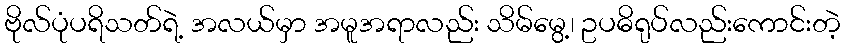
ဗိုလ်ပုံပရိသတ်ရဲ့ အလယ်မှာ အမူအရာလည်း သိမ်မွေ့၊ ဥပဓိရုပ်လည်းကောင်းတဲ့